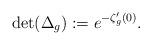
LaTeX: \begin{align*} \det(\Delta_g) := e^{-\zeta'_{g} (0)}. \end{align*}